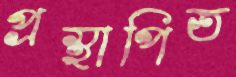
প্রস্থাপিত